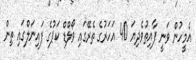
އެމީހުން ވަނީ ފާއިތުވެދިޔަ 40 އަހަރުގެ ތެރޭގައި ވޯލްޑް ކަޕުގެ ފައިނަލްގައި ތިން